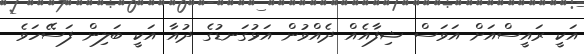
އަކީ ރައީސްއަށް އަވަސް ޝިފާއެއް ދެއްވުން އަޅުގަނޑުގެ ދުއާ އަކީ ބަލިން ފަސޭހަވެ